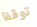
توقفا